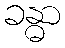
ခန္ဓာ